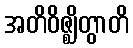
အတိဝိဇ္ဈိတွာတိ